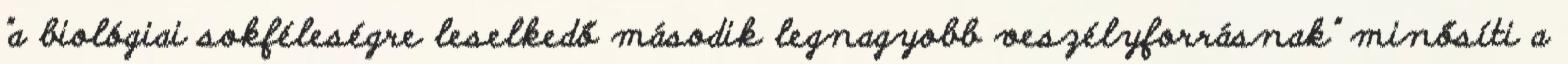
"a biológiai sokféleségre leselkedő második legnagyobb veszélyforrásnak" minősíti a